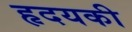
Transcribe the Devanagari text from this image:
हृदयकी